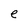
Character: e